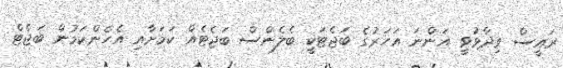
ރައީސް ވިދާޅުވީ އަންނަ އަހަރުގެ ބަޖެޓަކީ ބެލެންސް ބަޖެޓެއް ކަމަށާއި އެހެންކަމުން ބަޖެޓް